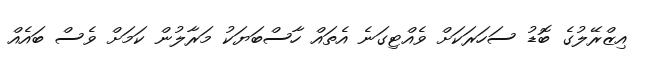
އިޒްރޭލުގެ ބޮޑު ސަހަރަކަށް ވެއްޓިގަނެ އެތައް ހާސްބަޔަކު މަރާލުން ކަމަށް ވެސް ބައެއް